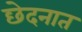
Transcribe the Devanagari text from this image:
छेदनात